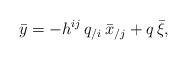
LaTeX: \begin{align*}\bar{y}=-h^{ij}\,q_{/i}\, \bar{x}_{/j}+q\, \bar{\xi}, \end{align*}